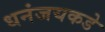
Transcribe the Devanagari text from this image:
धनंजयकडे